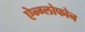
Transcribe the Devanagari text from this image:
ऐन्ग्लोफोन